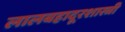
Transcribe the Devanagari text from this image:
लालबहादूरशास्त्री